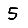
Digit: 5